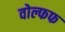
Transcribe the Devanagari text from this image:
वोल्फफ